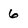
Character: 6